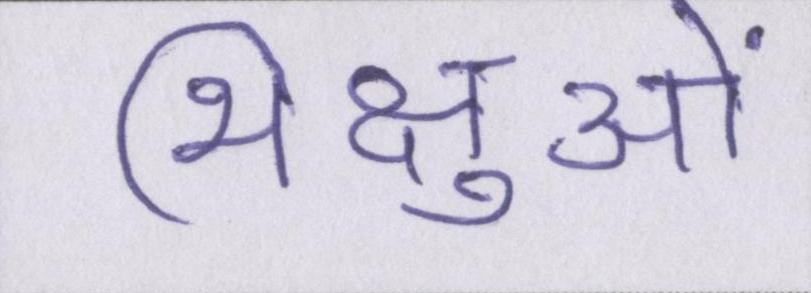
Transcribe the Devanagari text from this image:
भिक्षुओं